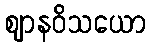
ဈာနဝိသယော